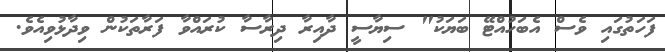
ފަހަތުގައި ވެސް އެބަހުއްޓޭ ބަޔަކު" ސިޔާސީ ދާއިރާ ދިރާސާ ކުރައްވާ ފަރާތަކުން ވިދާޅުވިއެވެ.